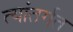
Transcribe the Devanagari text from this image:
त्यांतर्गत